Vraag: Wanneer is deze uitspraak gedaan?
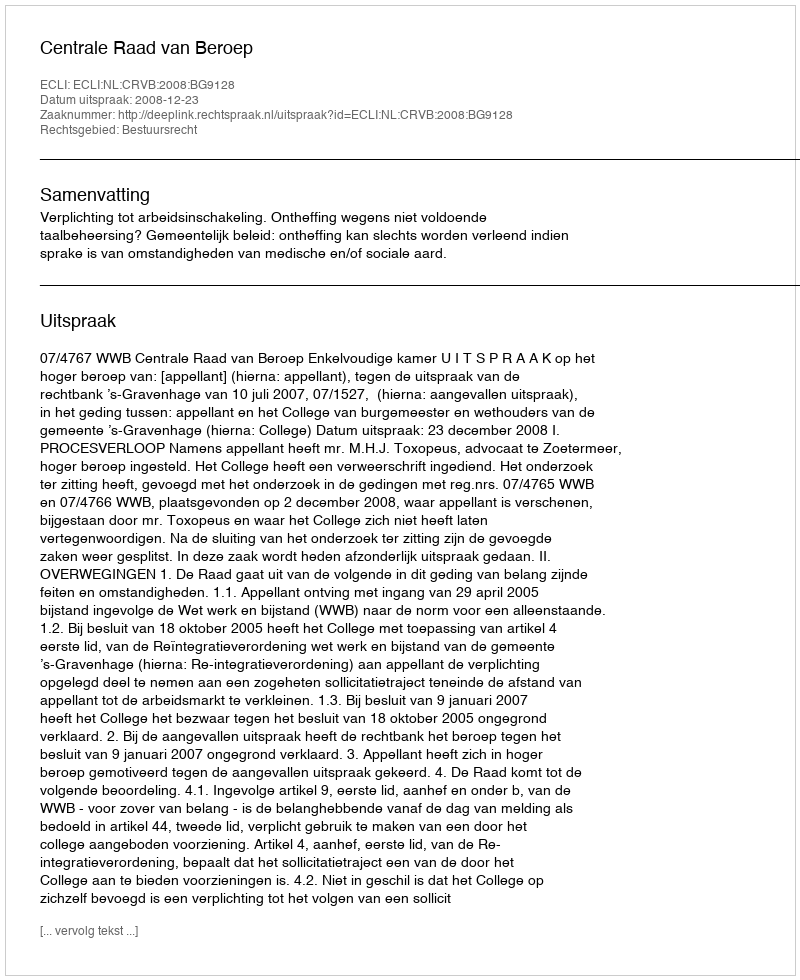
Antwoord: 2008-12-23